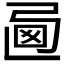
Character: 𢏩